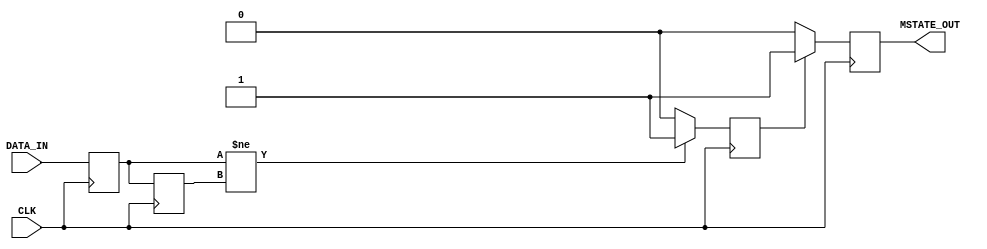
module metastability_detector (
    input wire DATA_IN,         // Input signal from an asynchronous source
    input wire CLK,             // Synchronous clock
    output reg MSTATE_OUT       // Metastability indicator output
);

    // Internal signals
    reg FF1_Q;                 // Output of the first flip-flop
    reg FF2_Q;                 // Output of the second flip-flop
    reg pulse;                 // Pulse signal indicating metastability
    
    // Parameters for pulse width (adjustable)
    parameter PULSE_WIDTH = 2; // Adjust this parameter as necessary for timing

    // Flip-flops to sample the DATA_IN signal
    always @(posedge CLK) begin
        FF1_Q <= DATA_IN;      // Sample DATA_IN in FF1
        FF2_Q <= FF1_Q;        // Sample FF1_Q in FF2
    end

    // Pulse generation logic
    always @(posedge CLK) begin
        if (FF1_Q != FF2_Q) begin
            pulse <= 1'b1;      // Set pulse high if there is a transition
        end else begin
            pulse <= 1'b0;      // Reset pulse if no transition
        end
    end

    // Generate metastability output signal
    always @(posedge CLK) begin
        if (pulse) begin
            MSTATE_OUT <= 1'b1; // Indicate metastability occurrence
        end else begin
            MSTATE_OUT <= 1'b0; // Clear metastability indication
        end
    end

endmodule